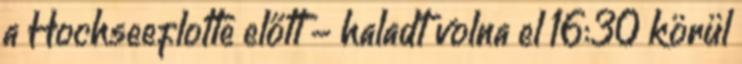
a Hochseeflotte előtt - haladt volna el 16:30 körül